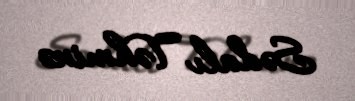
Sədalı Təhminə